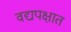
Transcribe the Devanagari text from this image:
वद्यपक्षात